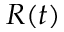
R ( t )